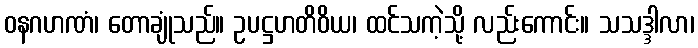
ဝနဂဟဏံ၊ တောချုံသည်။ ဥပဋ္ဌဟတိဝိယ၊ ထင်သကဲ့သို့ လည်းကောင်း။ သသဒ္ဒါလာ၊